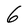
Character: 6